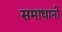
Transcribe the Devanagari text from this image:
समाधानो